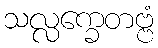
သလ္လက္ခေတဗ္ဗံ